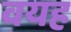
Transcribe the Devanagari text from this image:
वयह